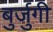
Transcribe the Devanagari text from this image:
बुर्जुगी